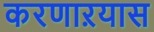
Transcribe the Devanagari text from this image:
करणाऱयास